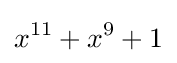
x^{11}+x^{9}+1